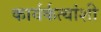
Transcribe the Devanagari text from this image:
कार्यर्कत्यांशी